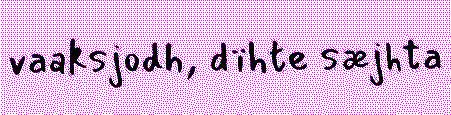
vaaksjodh, dïhte sæjhta